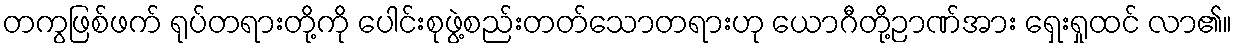
တကွဖြစ်ဖက် ရုပ်တရားတို့ကို ပေါင်းစုဖွဲ့စည်းတတ်သောတရားဟု ယောဂီတို့ဉာဏ်အား ရှေးရှုထင် လာ၏။